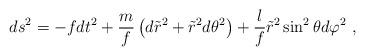
LaTeX: \begin{align*}ds^2= - f dt^2 + \frac{m}{f} \left( d \tilde{r}^2+ \tilde{r}^2d\theta^2 \right) + \frac{l}{f} \tilde{r}^2\sin^2\theta d\varphi^2\ ,\end{align*}